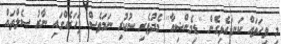
މި ވިހަތައް ކަނޑައެޅިގެން ''ޑިމެންޝިއާ'' މެދުވެރި ނުކުރި ނަމަވެސް ފަހަރެއްގައި ނާރު ސެލްތައް